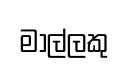
මාල්ලකු